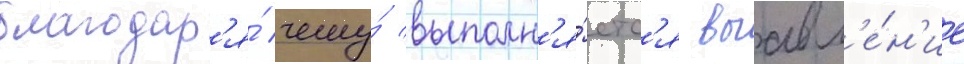
благодар'я́ чему́ выполн'я́етс'я выавл'е́н'ие